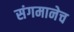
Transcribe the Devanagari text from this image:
संगमानेच